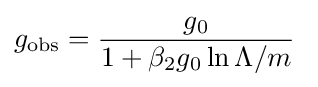
g_{\text{obs}}={\frac {g_{0}}{1+\beta _{2}g_{0}\ln \Lambda /m}}~